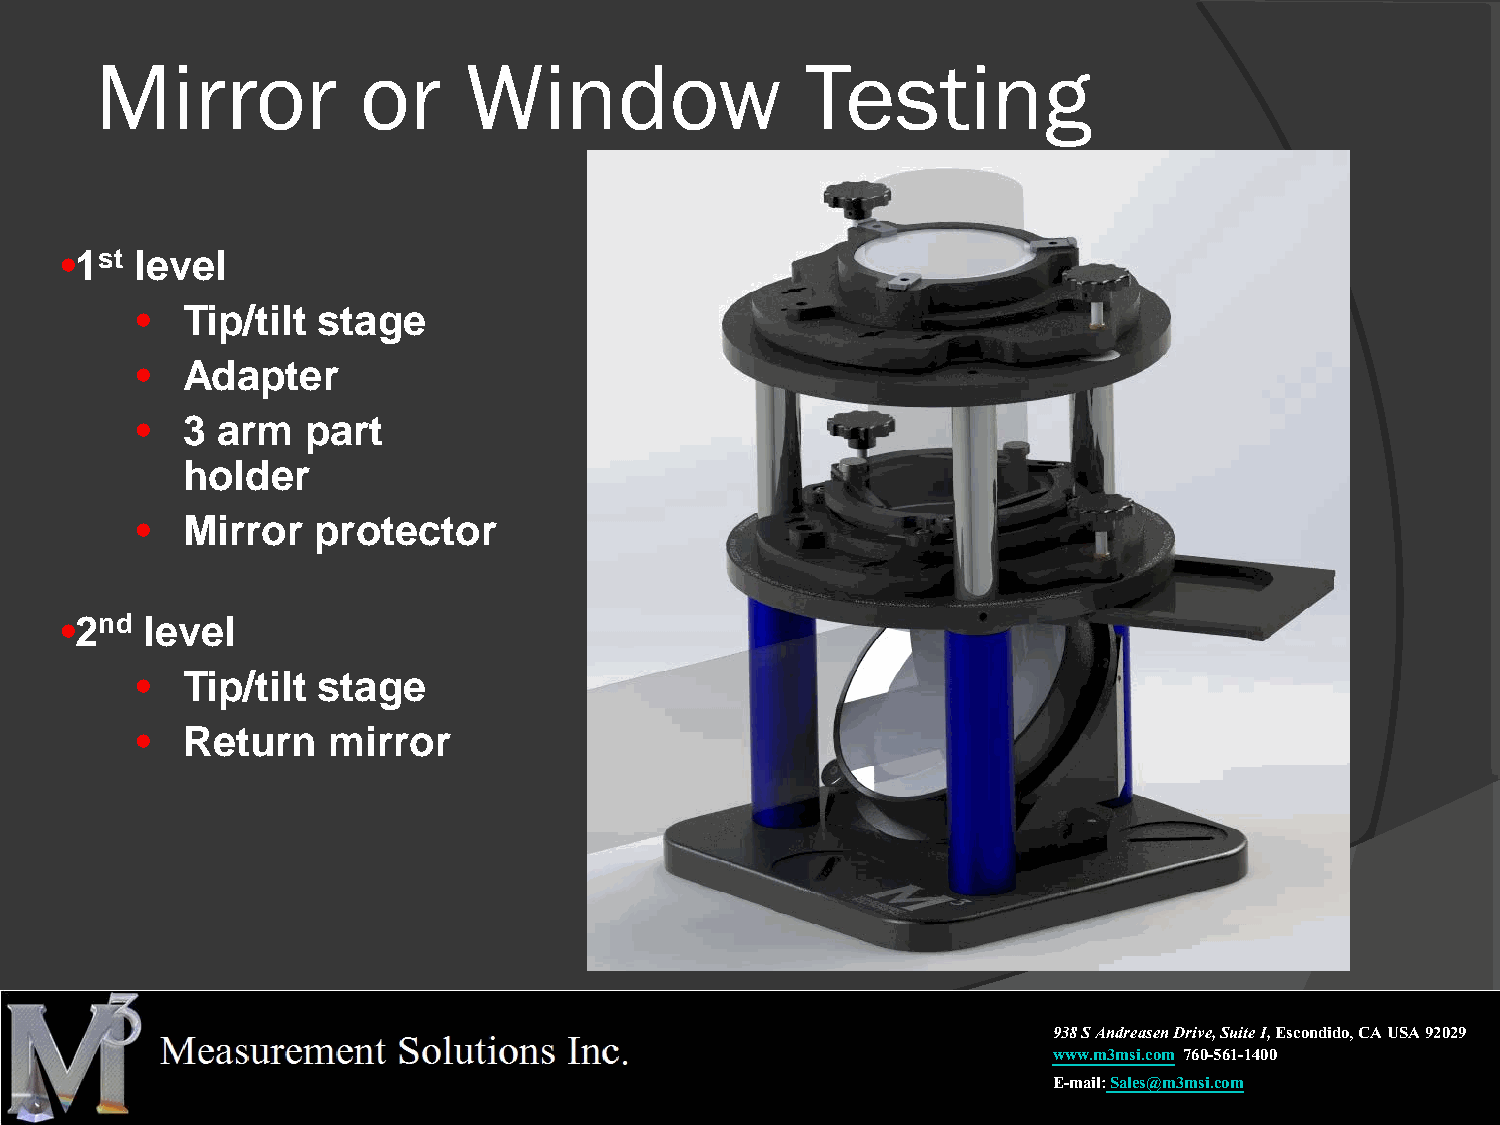
Mirror            or     Window                Testing
 •1st level
 •  Tip/tilt stage
 •  Adapter
 •  3 arm   part
 holder
 •  Mirror   protector
 •2nd level
 •  Tip/tilt stage
 •  Return    mirror
 938 S Andreasen Drive, Suite I,Escondido, CA USA 92029
 www.m3msi.com 760-561-1400
 E-mail:Sales@m3msi.com